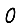
Digit: 0